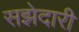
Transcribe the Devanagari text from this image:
सझेदारी